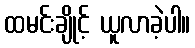
ထမင်းချိုင့် ယူလာခဲ့ပါ။